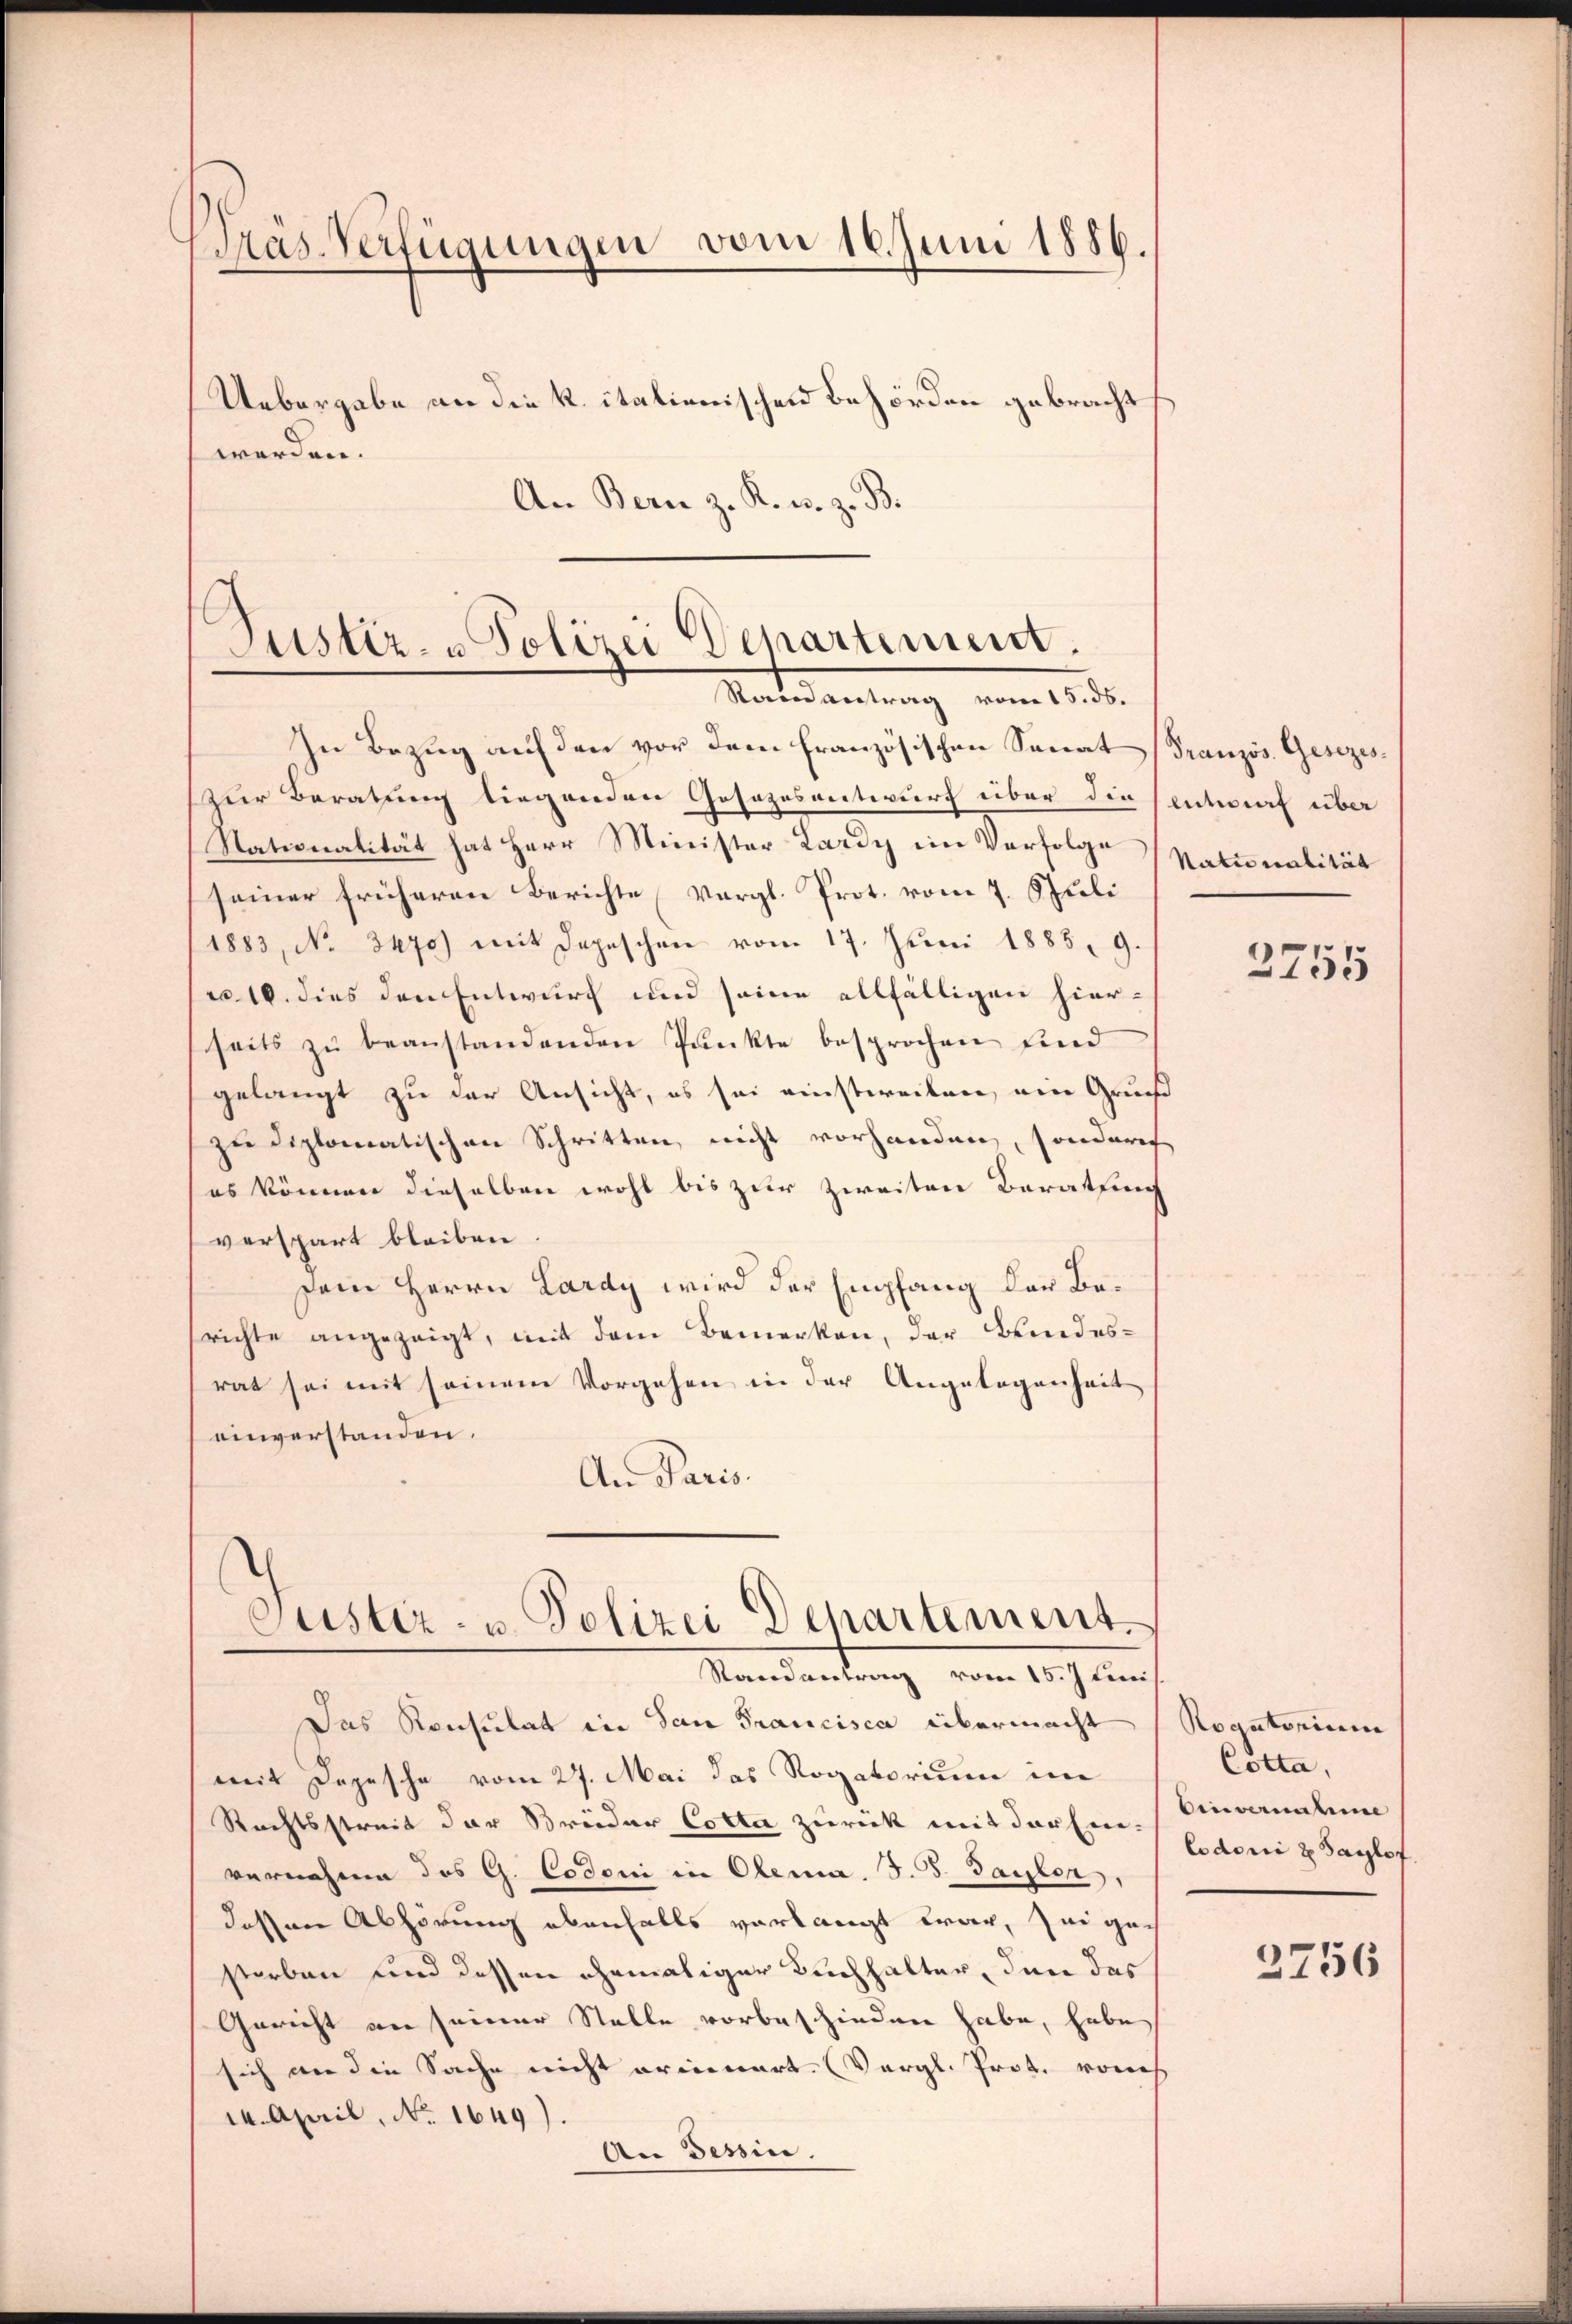
Pras-Verfügungen vom 16. Juni 1886.
Uebergabe an die k. italienischen Behörden gebracht
werden.
An Bern z. K. u. z. B.

Justiz- u Polizei Departinum.
Naturatung vom 18. d.

Justiz- u. Polizei Departement.
Mandantung vom 1. J. ein

In Bezug auf den vor dem französischen Senat Französ. Gesezeszur Beratung liegenden Gesezesentwurf über die sentwurf über
Stationalität hat Herr Minister Lardy im Verfolge
seiner früheren Berichte Vergl. Prot. vom 7. Juli
1883, No 3470) mit Depeschen vom 17. Juni 1885. 9
r 16. dies den Entwurf und seine allfälligen hier-
seits zŭ beanstandenden Punkte besprochen und
gelangt zu der Ansicht, es sei einstweilen, ein Grun
zu diplomatischen Schritten, nicht vorhanden, sonderich
es können dieselben wohl bis zur zweiten Beratung
verspart bleiben
sein Herrn Lardy wird der Empfang der Berichte angezeigt, mit dem Bemerken, der Brindesrat sei mit seinem Vorgehen in der Angelegenheit
einverstanden.
An Paris.

Das Konsulat in San Francisca übermacht (Rogatorium
mit Depesche vom 27. Mai das Rogatorium in
Rechtsstreit der Brüder Cotta zurück mit der hin. Einvernahme
vernahme des G. Codoni in Olema. J. J. Sayler,
dessen Abhörung ebenfalls verlangt war, sei geis
storben und dessen ehemaliger Buchhalter, den das
Gericht an seiner Stelle vorbeschieden habe, habe
sich an die Sache nicht orienart. (Vergl. Prot. von
14. April, No. 1649).
An Tessin.

Naturalität

2755

Cotta.
ledoni z Saglof
2756